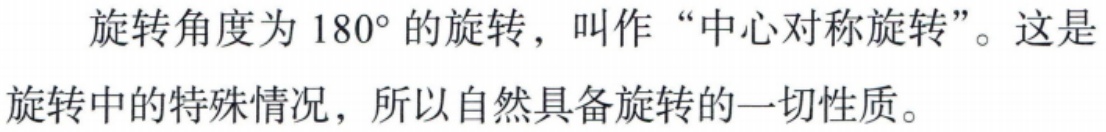
旋转角度为 \(180^{\circ}\) 的旋转，叫作“中心对称旋转”。这是旋转中的特殊情况，所以自然具备旋转的一切性质。